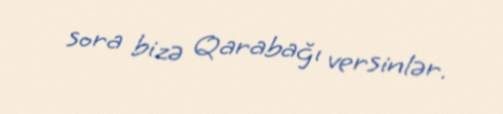
sora bizə Qarabağı versinlər.